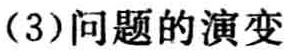
（3）问题的演变